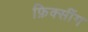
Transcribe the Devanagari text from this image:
फ़िक्सींग